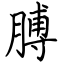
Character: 膊